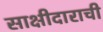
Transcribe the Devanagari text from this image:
साक्षीदाराची